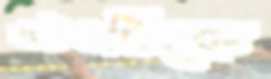
ভটভটিকে